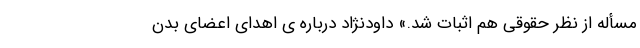
مسأله از نظر حقوقی هم اثبات شد.» داودنژاد درباره ی اهدای اعضای بدن